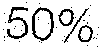
50%